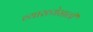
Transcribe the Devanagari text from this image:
व्याख्येसाठी